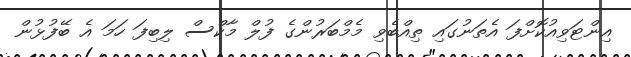
އިންޓަވިއުކޮށްފަ އެތަނުގައި ތިއްބެވި މެމްބަރުންގެ ފުލް މާކްސް ލިބިފަ ހަމަ އެ ބޭފުޅުން